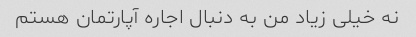
نه خیلی زیاد من به دنبال اجاره آپارتمان هستم